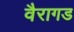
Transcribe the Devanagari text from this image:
वैरागड